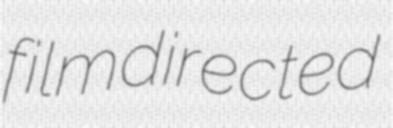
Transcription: film directed